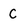
Character: C